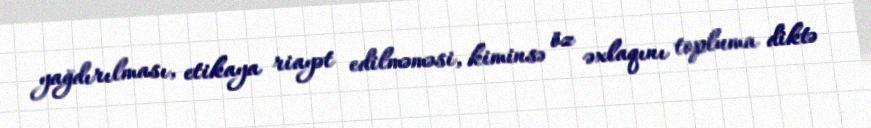
yağdırılması, etikaya riayət edilməməsi, kiminsə öz əxlaqını topluma diktə